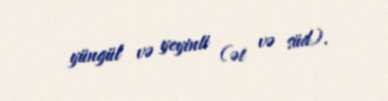
yüngül və yeyinti (ət və süd).